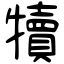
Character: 犢